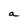
Character: a